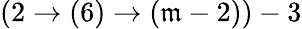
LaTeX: (2\rightarrow(6)\rightarrow(\mathfrak{m}-2))-3